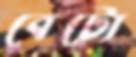
বেটো